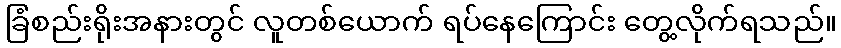
ခြံစည်းရိုးအနားတွင် လူတစ်ယောက် ရပ်နေကြောင်း တွေ့လိုက်ရသည်။